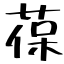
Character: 葆